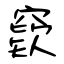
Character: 窽